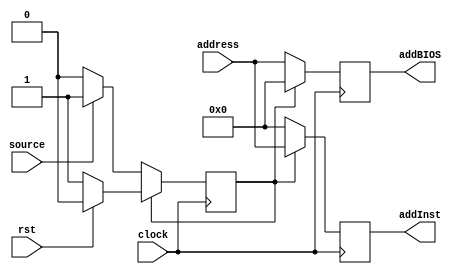
module MuxPCDir( address, addInst, addBIOS, source, rst, clock );

	input[31:0] address;
	input source, rst, clock;
	output reg[31:0] addInst, addBIOS;
	reg state;
	
	initial
	begin : INIT
		state = 1'b0;
	end 
	
	always @( posedge clock )
	begin
		if( !state )
		begin
			addBIOS = address;
			addInst = 32'b0;
			if( source )
				state = 1'b1;
		end
		else if( state )
		begin
			addBIOS = 32'b0;
			addInst = address;
			if( rst )
				state = 1'b0;
		end
	end
	

endmodule